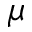
\mu